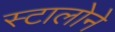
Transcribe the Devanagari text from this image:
स्टालोने